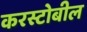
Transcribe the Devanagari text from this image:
करस्टोबील